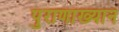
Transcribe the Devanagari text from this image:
पुराणाख्यान